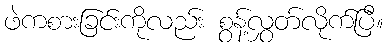
ဖဲကစားခြင်းကိုလည်း စွန့်လွှတ်လိုက်ပြီ။